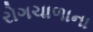
રોગચાળાના